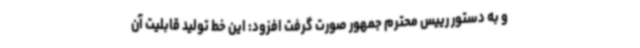
و به دستور رییس محترم جمهور صورت گرفت افزود: این خط تولید قابلیت آن